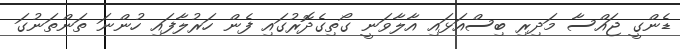
ޑެންގީ ޖައްސާ މަދިރި ބިސްއަޅައި އާލާވަނީ ގޯތިގެދޮރުގައި ފެން ހަރުލާފައި ހުންނަ ތަންތަނުގަ